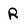
Character: R